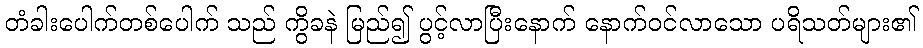
တံခါးပေါက်တစ်ပေါက် သည် ကွိခနဲ မြည်၍ ပွင့်လာပြီးနောက် နောက်ဝင်လာသော ပရိသတ်များ၏